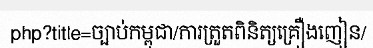
php?title=ច្បាប់កម្ពុជា/ការត្រួតពិនិត្យគ្រឿងញៀន/